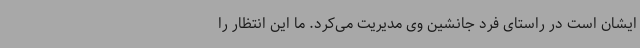
ایشان است در راستای فرد جانشین وی مدیریت می‌کرد. ما این انتظار را